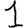
Digit: 1